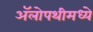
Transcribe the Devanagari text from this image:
अॅलोपथीमध्ये